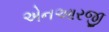
એનઆરજી